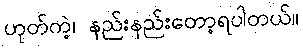
ဟုတ်ကဲ့၊ နည်းနည်းတော့ရပါတယ်။